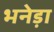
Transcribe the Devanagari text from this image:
भनेड़ा